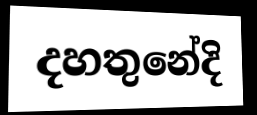
දහතුනේදි